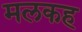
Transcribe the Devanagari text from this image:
मलकह